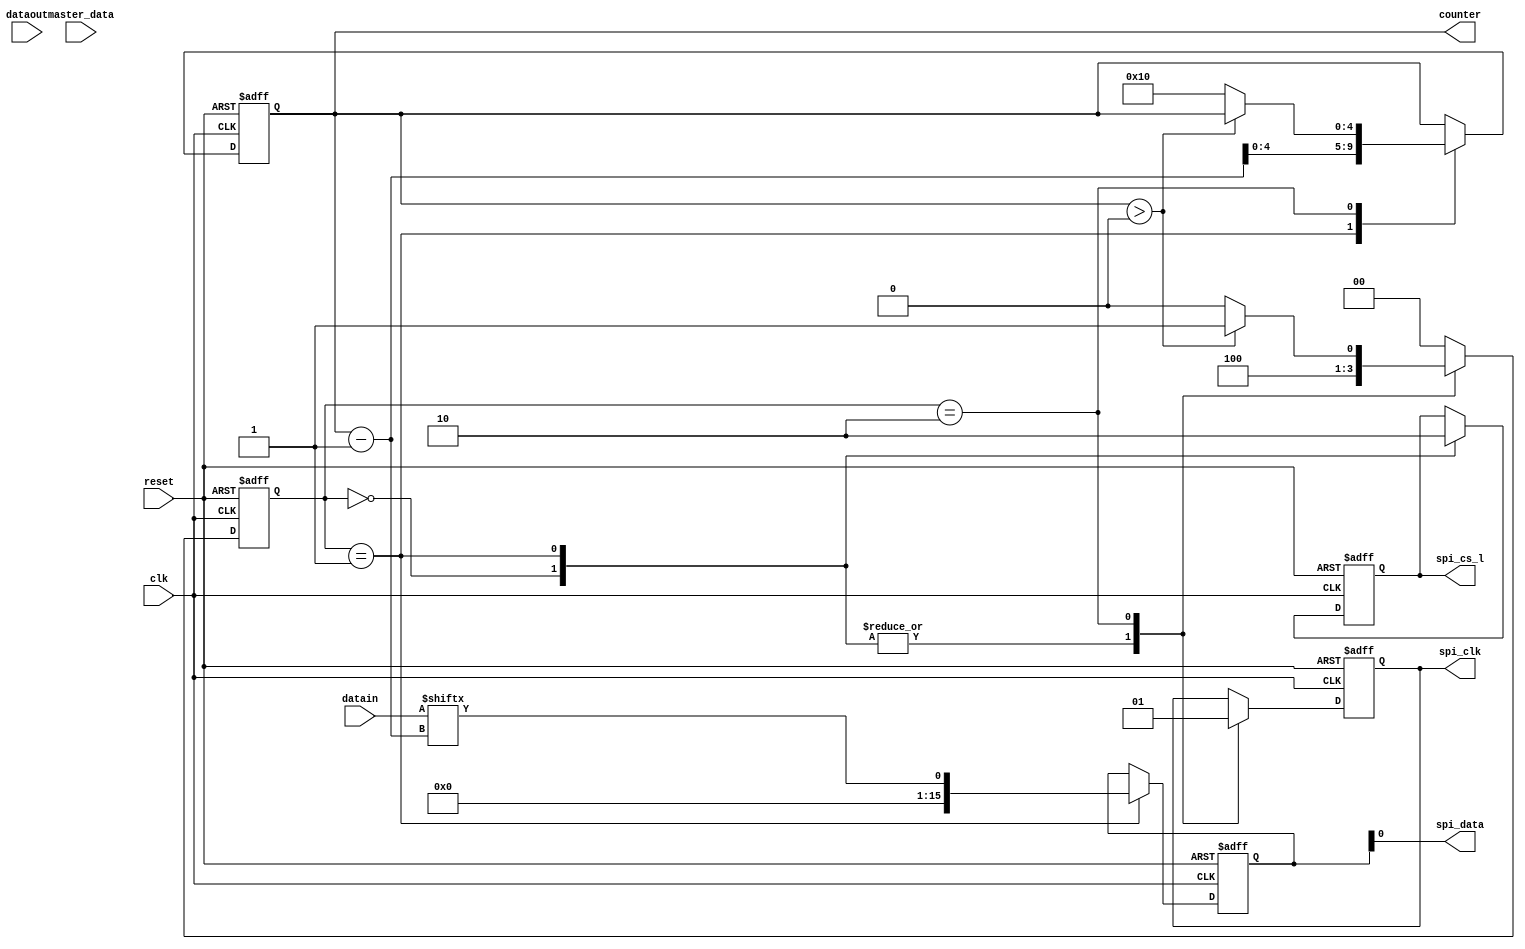
`timescale 1ns / 1ps

module spi_2(
    input wire clk,
    input wire reset,
    input wire [15:0] datain,
    input wire [15:0] dataout,
    output wire spi_cs_l,
    output wire spi_clk,
    output wire spi_data,
    input wire master_data,
    output [4:0] counter
);

    reg [15:0] MOSI;
    reg [4:0] count;
    reg cs_l;
    reg sclk;
    reg [1:0] state;
    reg [15:0] MISO;

    always @(posedge clk or posedge reset) begin
        if (reset) begin
            MOSI <= 16'b0;
            MISO <= 16'b0;
            count <= 5'd16;
            cs_l <= 1'b1;
            sclk <= 1'b0;
            state <= 2'b00;
        end
        else begin
            case (state)
                2'b00: begin //ideal
                    sclk <= 1'b0;
                    cs_l <= 1'b1;
                    state <= 2'b10;
                end
                2'b01: begin //full duplex transmission (read+write)
                    sclk <= 1'b0;
                    cs_l <= 1'b0;
                    MOSI <= datain[count-1];
                    MISO <= dataout[count-1];
                    count <= count - 1;
                    state <= 2'b10;
                end
                2'b10: begin //condition for next state
                    sclk <= 1'b1;
                    if (count > 0)
                        state <= 2'b01;
                    else begin
                        count <= 5'd16;
                        state <= 2'b00;
                    end
                end
                default: state <= 2'b00;
            endcase
        end
    end

    assign spi_cs_l = cs_l;
    assign spi_clk = sclk;
    assign spi_data = MOSI;
    assign master_data = MISO;
    assign counter = count;

endmodule